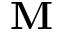
\mathbf { M }